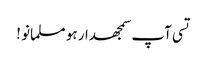
تسی آپ سمجھدار ہو مسلمانو !